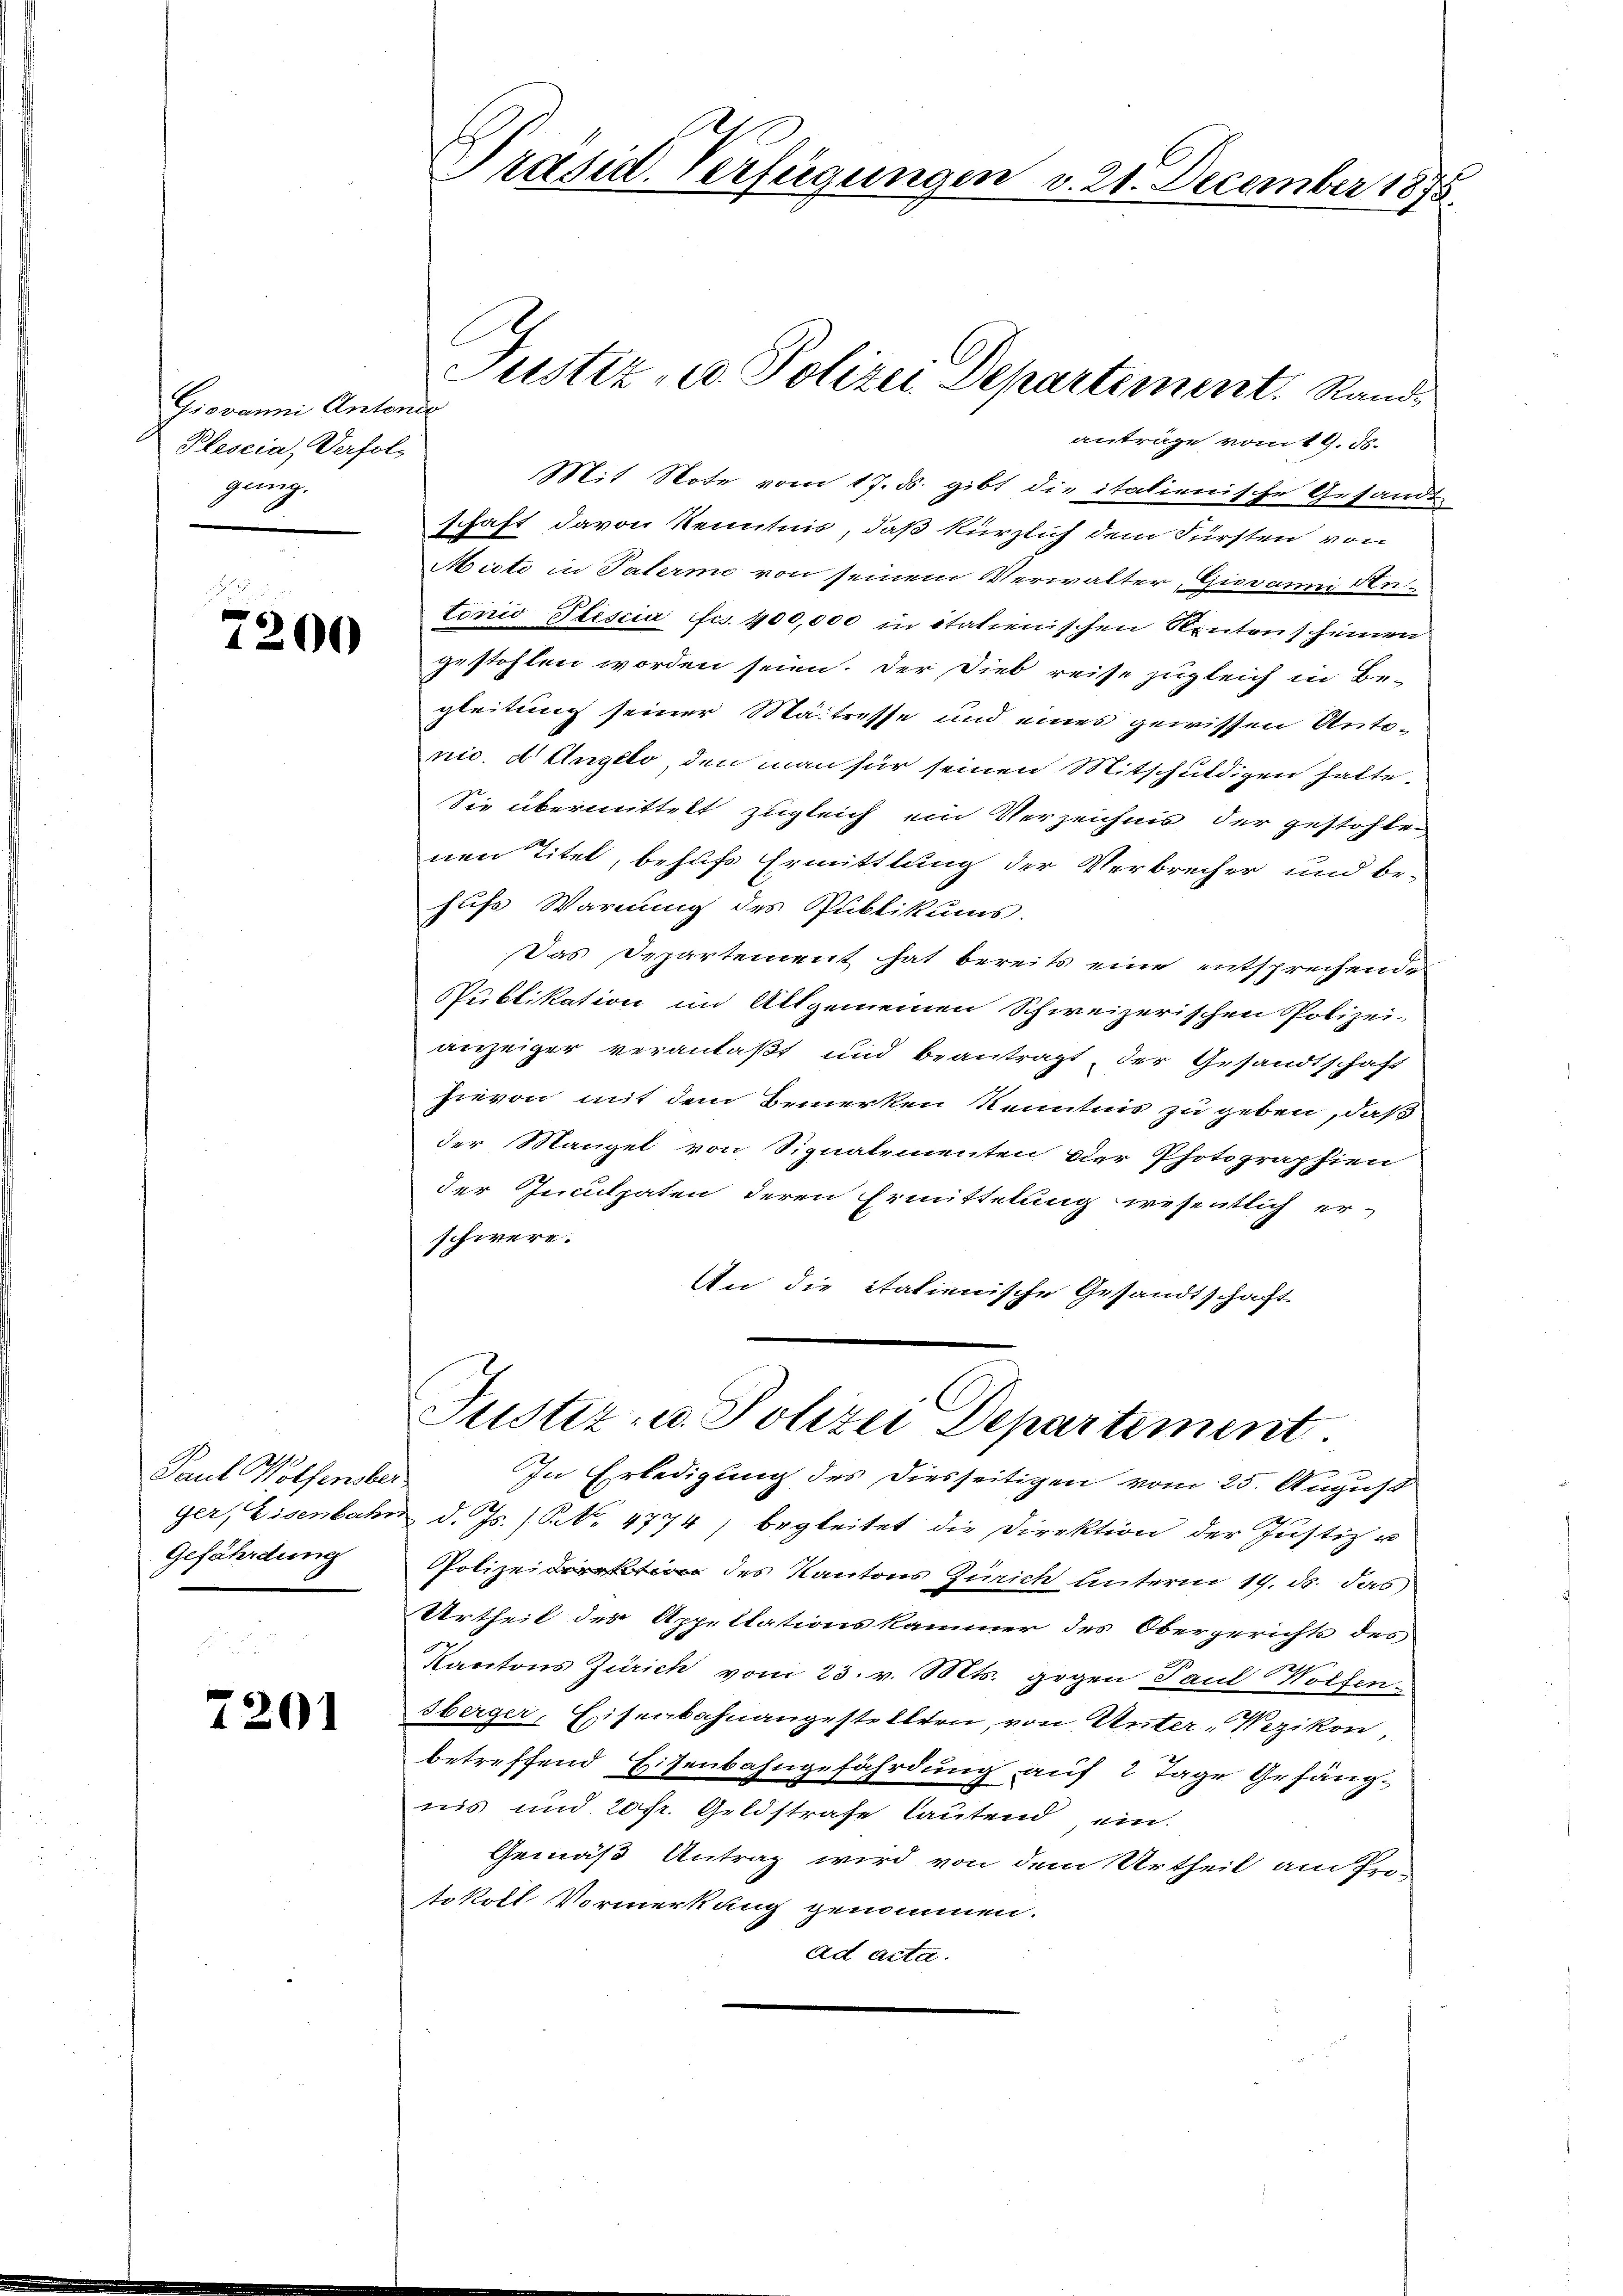
Giovanni Antende
Plescia, Verfolg
gung.

7200

2
Paul Wolfensber
Gefährdung

7201

Präsid. Verfügungen v. 21. December 1875.

anträge vom 19. ds.
Mit Note vom 17. ds. gibt die italienische Gesandt
schaft davon Kenntnis, daß kürzlich dem Fürsten von
Micte in Patermo von seinem Verwalter, Giovanni Antonio Pfiscia fcs. 400,000 in italienischen Rentenscheinen
gestohlen worden seien. Der Dieb reise zugleich in Be-
gleitung seiner Maitresse und eines gewissen Antonic. d. Angelo, den man für seinen Mitschuldigen halte.
Sie übermittelt zugleich ein Verzeichnis der gestohlen
nen Titel, behufs Ermittlung der Verbrecher und be-
hufs Warnung des Publikums.
Das Departement hat bereits eine entsprechende
Publikation im Allgemeinen Schweizerischen Polizei-
anzeiger veranlaßt und beantragt, der Gesandtschaft
hievon mit dem Bemerken Kenntnis zu geben, daß
der Mangel von Signatementen der Photographien
der Inculpaten deren Ermittelung wesentlich er-
schwere.
An die italienische Gesandtschaft

Justiz- u. Polizei Departement. Rand

Justiz- u. Polizei Departement
In Erledigung des Diesseitigen vom 25. August

ger, Eisenbahn d. Js. (NNo. 4774, begleitet die Direktion der Justiz u
Polizeidirektion des Kantons Zürich unterm 19. ds. das
Urtheil des Appellationskammer des Obergerichts des
Kantons Zürich vom 23. v. Mts. gegen Paul Wolfen.
sberger, Eisenbahnangestellten, von Unter-Wezikon,
betreffend Eisenbahngefährdung auf 2 Tage Gefänguis und 20fr. Geldstrafe lautend ein
Gemäß Antrag wird von dem Urtheil am Pro-
tokoll Vormerkung genommen.
ad acta.